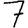
Digit: 7